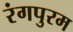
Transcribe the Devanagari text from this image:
रंगपुरम